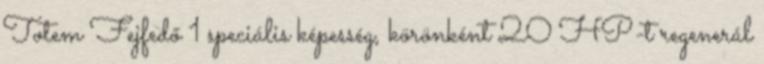
Totem Fejfedő 1 speciális képesség, körönként 20 HP-t regenerál